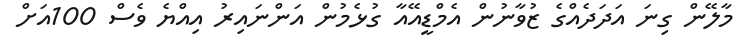
މާލޭން ގިނަ އަދަދެއްގެ ޒުވާނުން އެމްޑީއޭއާ ގުޅެމުން އަންނައިރު އިއްޔެ ވެސް 100އަށް